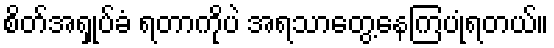
စိတ်အရှုပ်ခံ ရတာကိုပဲ အရသာတွေ့နေကြပုံရတယ်။